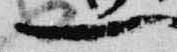
一